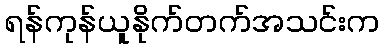
ရန်ကုန်ယူနိုက်တက်အသင်းက